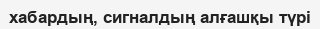
хабардың, сигналдың алғашқы түрі